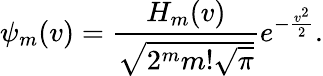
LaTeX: \psi_{m}(v)=\frac{H_{m}(v)}{\sqrt{2^{m}m!\sqrt{\pi}}}e^{-\frac{v^{2}}{2}}.